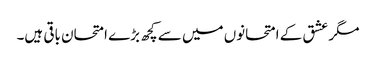
مگر عشق کے امتحانوں میں سے کچھ بڑے امتحان باقی ہیں۔